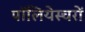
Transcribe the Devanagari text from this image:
पॉलियेस्चरों